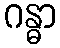
ဂန္ဓာ